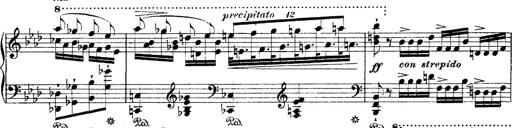
Title: Ã‰tudes d'exÃ©cution transcendante d'aprÃ¨s Paganini
Composer: Franz Liszt